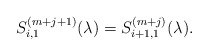
\begin{align*}S^{(m+j+1)}_{i,1}(\lambda)=S^{(m+j)}_{i+1,1}(\lambda).\end{align*}